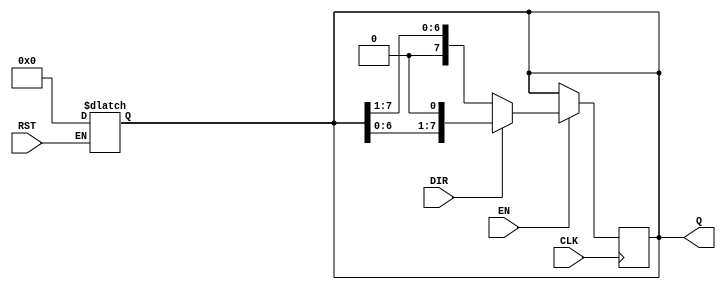
module async_shift_counter #(
    parameter WIDTH = 8 // Define the width of the counter
)(
    input wire CLK,         // Clock input
    input wire RST,         // Asynchronous reset
    input wire DIR,         // Shift direction (0 = right, 1 = left)
    input wire EN,          // Enable signal
    output reg [WIDTH-1:0] Q // Counter output
);

    // Asynchronous reset logic
    always @(*) begin
        if (RST) begin
            Q = {WIDTH{1'b0}}; // Reset the counter to zero
        end
    end

    // Shift operation on clock edge
    always @(posedge CLK) begin
        if (EN) begin
            if (DIR) begin
                // Left shift operation
                Q <= {Q[WIDTH-2:0], 1'b0}; // Shift left and insert 0 at LSB
            end else begin
                // Right shift operation
                Q <= {1'b0, Q[WIDTH-1:1]}; // Shift right and insert 0 at MSB
            end
        end
    end

endmodule